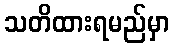
သတိထားရမည်မှာ